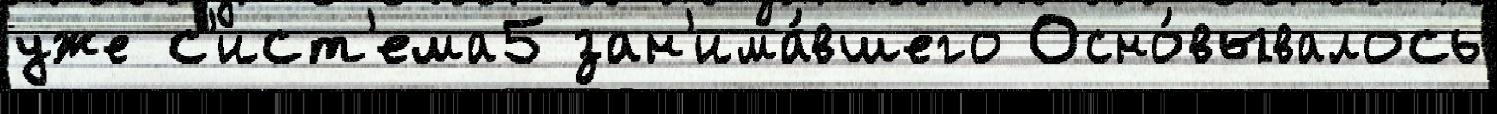
уже с'ист'ема5 зан'има́вшего Осно́вывалось